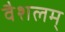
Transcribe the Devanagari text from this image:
वैशलम्